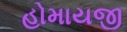
હોમાયજી